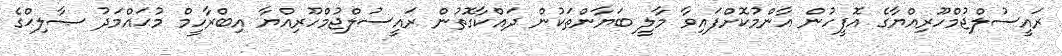
ރައީސުލްޖުމްހޫރިއްޔާގެ އޮފީހުން އާންމުކޮށްފައިވާ މާލީ ބަޔާންތަކުން ދައްކާގޮތުން ރައީސުލްޖުމްހޫރިއްޔާ އިބްރާހީމް މުޙައްމަދު ޞާލިޙްގެ